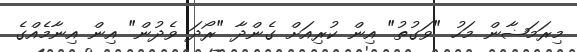
މިރަމަޟާން މަހު "ވަގުތު" އިން ކުރިއަށް ގެންދާ "ރޯދަ ވެދުން" އިން އިނާމެއްގެ